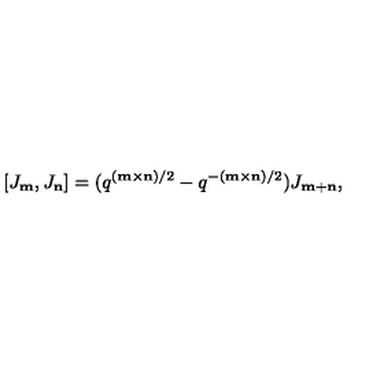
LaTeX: [ J _ { \bf m } , J _ { \bf n } ] = ( q ^ { ( { \bf m } \times { \bf n } ) / 2 } - q ^ { - ( { \bf m } \times { \bf n } ) / 2 } ) J _ { { \bf m } + { \bf n } } ,